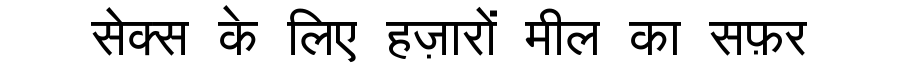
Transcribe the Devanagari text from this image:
सेक्स के लिए हज़ारों मील का सफ़र